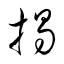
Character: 掲